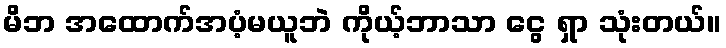
မိဘ အထောက်အပံ့မယူဘဲ ကိုယ့်ဘာသာ ငွေ ရှာ သုံးတယ်။